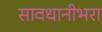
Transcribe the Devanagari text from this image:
सावधानीभरा